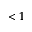
< 1